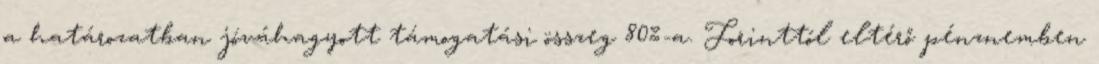
a határozatban jóváhagyott támogatási összeg 80%-a. Forinttól eltérő pénznemben